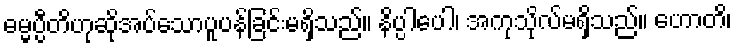
ဓမ္မပ္ပီတိဟုဆိုအပ်သောပူပန်ခြင်းမရှိသည်။ နိပ္ပါပေါ၊ အကုသိုလ်မရှိသည်။ ဟောတိ၊